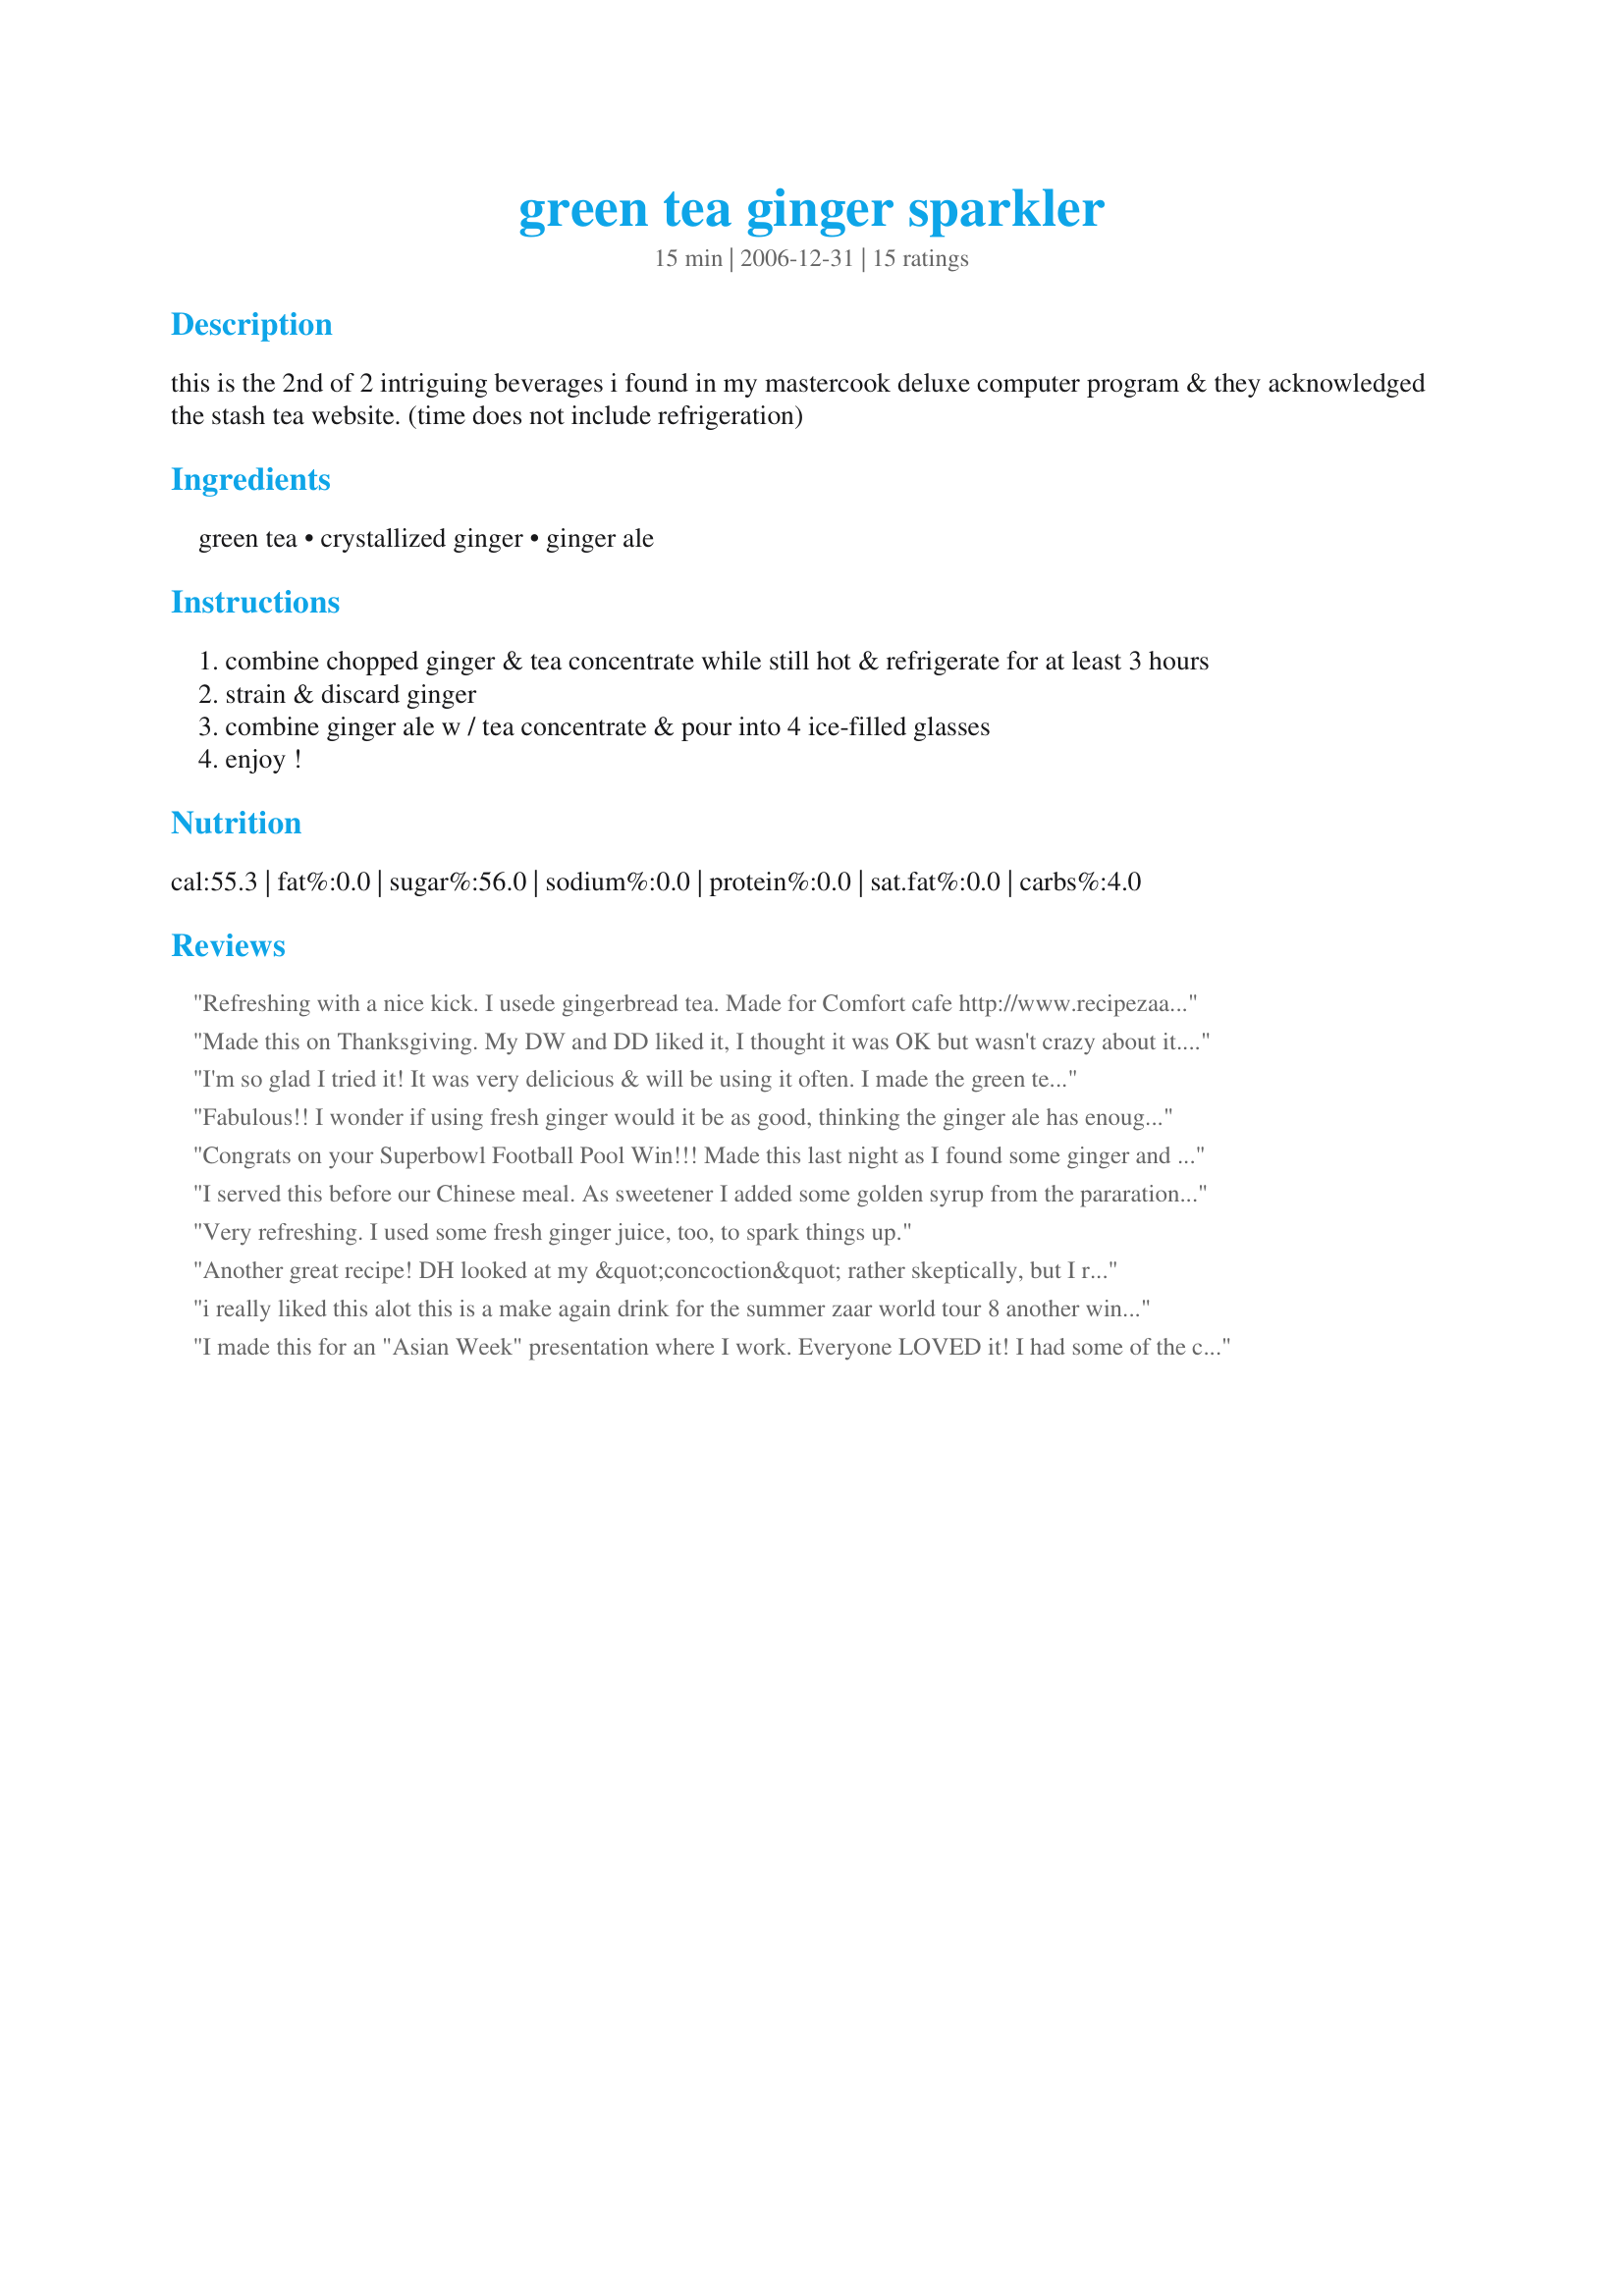
green tea ginger sparkler
Preparation time: 15 minutes

this is the 2nd of 2 intriguing beverages i found in my mastercook deluxe computer program & they acknowledged the stash tea website. (time does not include refrigeration)

Ingredients:
green tea, crystallized ginger, ginger ale

Steps:
combine chopped ginger & tea concentrate while still hot & refrigerate for at least 3 hours
strain & discard ginger
combine ginger ale w / tea concentrate & pour into 4 ice-filled glasses
enjoy !

Reviews:
Refreshing with a nice kick. I usede gingerbread tea. 
Made for Comfort cafe http://www.recipezaar.com/bb/viewtopic.zsp?t=288536&postdays=0&postorder=asc&start=915 
Thanks!
Made this on Thanksgiving. My DW and DD liked it, I thought it was OK but wasn't crazy about it. Made for Football Pool 2012.
I'm so glad I tried it! It was very delicious & will be using it often. I made the green tea ginger sparkler for a ladies night out at the spa, and everyone really enjoyed it! I prepared the tea concentrate and brought it in a pitcher separately from the ginger ale. Then, I added the ginger ale when I arrived. It worked great. Here is a tip for making a large triple batch: 4 cups of the green tea concentrate (with ginger strained out) to 8 cups (2L bottle) of ginger ale.
Fabulous!! I wonder if using fresh ginger would it be as good, thinking the ginger ale has enough sugar in it? My family snacks on crystallized ginger. I kid you not. Thanks for a wonderfully tasty &amp; refreshing drink! Made for Culinary Quest 2014/CCQ.
Congrats on your Superbowl Football Pool Win!!! Made this last night as I found some ginger and ginger ale as I was cleaning out cabinets. I was well pleased with the outcome of this fantastic beverage! The flavor of the ginger really added a lot to the green tea and even both pregnant daughters liked it.
I served this before our Chinese meal. As sweetener I added some golden syrup from the pararation of a homemade crystallized ginger. I kept the ginger and I added this to a chicken kashew dish. Refreshing and really good! Made for Culinary Quest 2014.
Very refreshing. I used some fresh ginger juice, too, to spark things up.
Another great recipe! DH looked at my &quot;concoction&quot; rather skeptically, but I really love the result! I&#039;m working on my second glass with dinner. Thanks for posting! Made for CQ14.
i really liked this alot this is a make again drink for the summer zaar world tour 8 another winner . i got to use some of the ginger i picked up for the last tour i was on lol
I made this for an "Asian Week" presentation where I work. Everyone LOVED it! I had some of the concentrate with the ginger in it left over and kept it 5 days and served it again for another event and it was even better! Fabulous! Thanks twissis.
I actually enjoyed this! I say that because I &quot;really&quot; dislike green tea...a lot. That said I have a good deal of it that was sent to me from China by a friend and I can&#039;t give the stuff away. I decided to try this for Culinary Quest 2014 figuring that if I didn&#039;t like it I&#039;d simply never mention it as I know it would have been just me and not the recipe at all. However, this is very good and I&#039;m going to stock up on gingerale. I&#039;ll now start using that tea with a smile. Thank you twiss dolling. :D
So easy and refreshing. This is going to be my new favorite drink when i want to change things up. Made for your win 2011 Divisional Championship
Loved it twissis! This is a really really refreshing drink on a stinking hot summer's day ( we know cos that's what it is here! ). DF only suggested i use better ginger ale brand next time - so nothing to do with your recipe! Quick, simple, hits the spot!
I really enjoyed this. Used family sized green tea bags and crystallized ginger. I loved the fizzy addition of the ginger ale - I used Izze's All Natural Sparkling Ginger Soda - Delicious!! Thanks for posting, this will be a great addition to the bbq's this summer - light and refreshing!! Made for your FOOTBALL POOL WIN 2010!
Wow! Twissis I made this for a brunch this weekend and it went over very well. I have to say this is the most thirst quenching drink I have ever had. I don't usually drink Ice tea but I'm glad I made an acception for this easy to make recipe. It rocks. I used Morrocan Green Tea with Mint and let it sit in the candied ginger for 1 1/2 days before serving. It was delicious. This is certainly going to come in handy this summer, I will be raising my glass to you often. Thanks so much for sharing.
